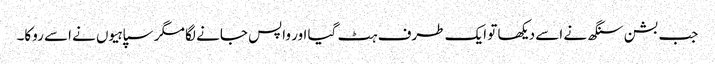
جب بشن سنگھ نے اسے دیکھا تو ایک طرف ہٹ گیا اور واپس جانے لگا مگر سپاہیوں نے اسے روکا۔